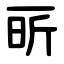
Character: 㪽